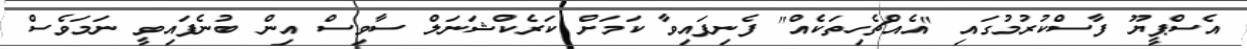
އެސްޕީޔޫ ފާސްކުރުމުގައި "އެއްޗެހިތަކެއް" ފެނިފައިވާ ކަމަށް ކަރެކްޝަނަލް ސާވިސް އިން ބުނެފައިވީ ނަމަވެސް